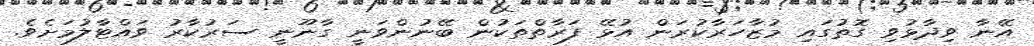
އޭނާ ވިދާޅުވި ގޮތުގައި މުޒާހަރާކުރަން އުޅޭ ފަރާތްތަކުން ބޭނުންވަނީ ގާނޫނީ ސަރުކާރު ވައްޓާލުމަށެވެ.